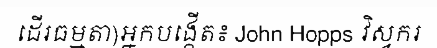
ដើរធម្មតា)អ្នកបង្កើត៖ John Hopps វិស្វករ